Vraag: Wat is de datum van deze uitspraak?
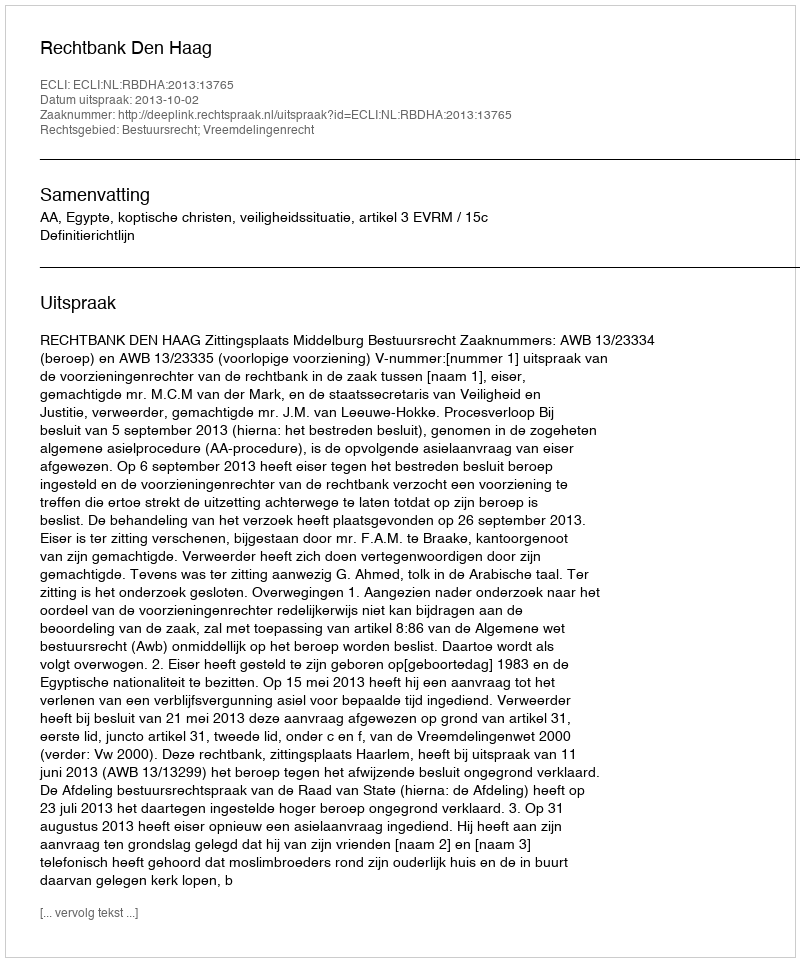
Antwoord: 2013-10-02